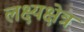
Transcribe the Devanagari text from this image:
लक्ष्यक्षेत्र